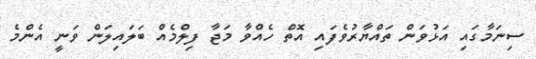
ސިނަމާގައި އަޅުވަން ތައްޔާރުވެފައި އޮތް ހެއްވާ މަޖާ ފިލްމެއް ބަލައިލަން ވަނީ އެންމެ